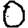
Digit: 0